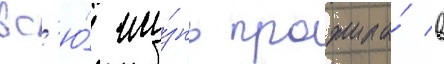
вс'ю́ жи́знь прожила́ в